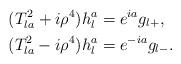
LaTeX: \begin{align*} (T_{la}^{2} + i\rho^{4}) h_{l}^{a} &= e^{ia} g_{l+} , \\ (T_{la}^{2} - i\rho^{4}) h_{l}^{a} &= e^{-ia} g_{l-} .\end{align*}